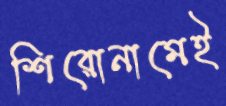
শিরোনামেই